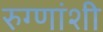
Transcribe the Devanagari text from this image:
रुग्णांशी